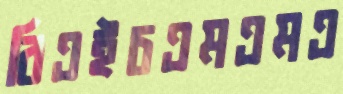
বিএইচএমএমএ